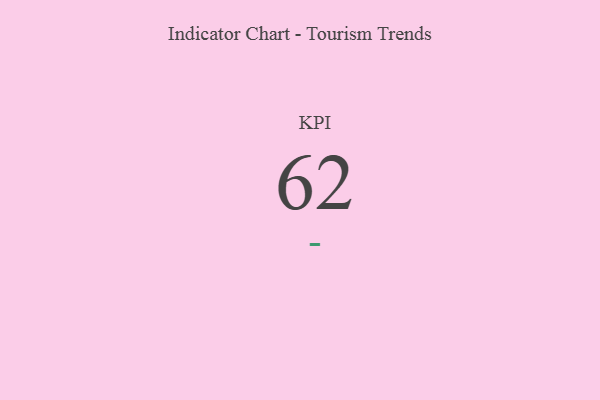
{"axis": {"x": "KPI", "y": "Value"}, "legend": [""], "data": [{"x": "KPI", "y": 62, "type": ""}]}